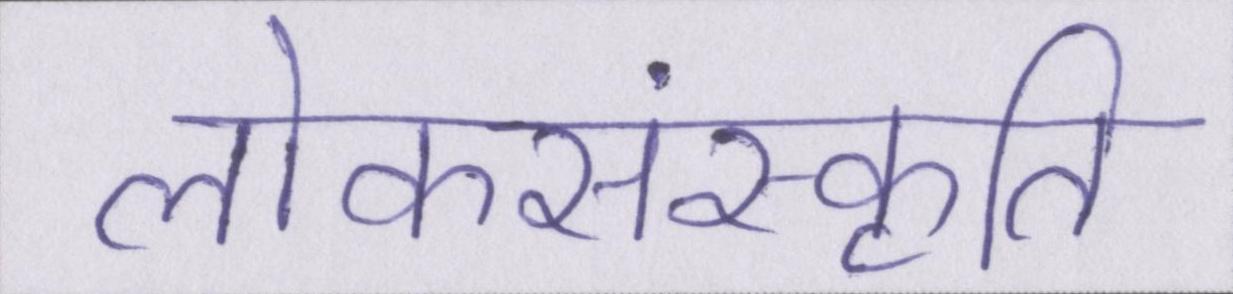
लोकसंस्कृति